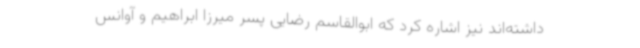
داشته‌اند نیز اشاره کرد که ابوالقاسم رضایی پسر میرزا ابراهیم و آوانس